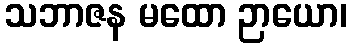
သဘာဇန မထော ဉာယော၊